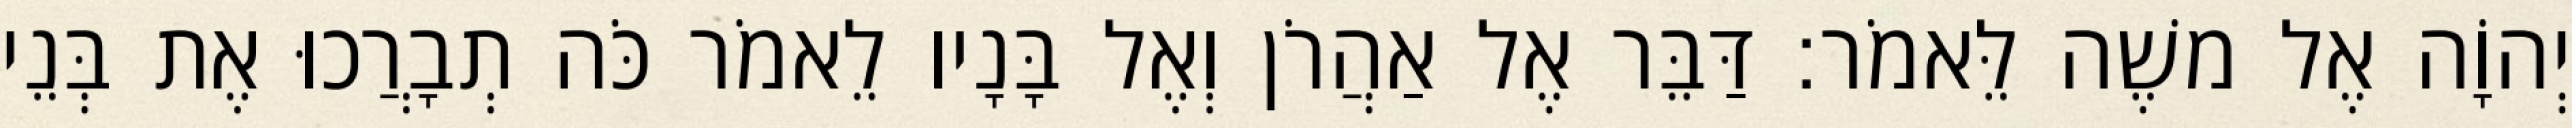
יְהוָֹה אֶל משֶׁה לֵּאמֹר׃ דַּבֵּר אֶל אַהֲרֹן וְאֶל בָּנָיו לֵאמֹר כֹּה תְבָרֲכוּ אֶת בְּנֵי